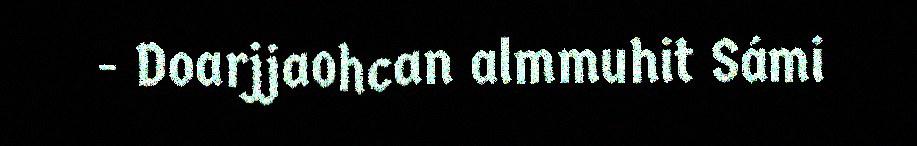
- Doarjjaohcan almmuhit Sámi